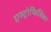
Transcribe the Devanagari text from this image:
एस्ट्रोफिजिका